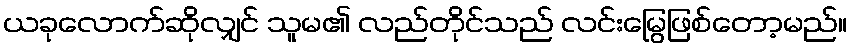
ယခုလောက်ဆိုလျှင် သူမ၏ လည်တိုင်သည် လင်းမြွေဖြစ်တော့မည်။